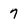
Character: 7